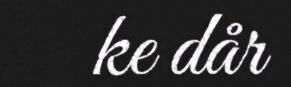
ke dår